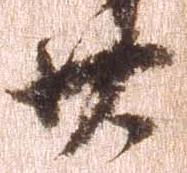
廿